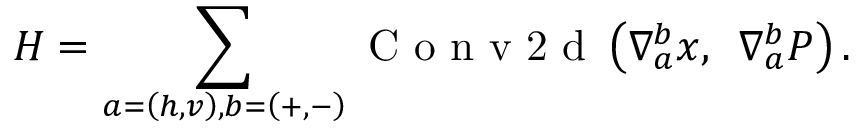
\boldsymbol { H } = \sum _ { a = \left( h , v \right) , b = \left( + , - \right) } \mathrm { ~ C ~ o ~ n ~ v ~ 2 ~ d ~ } \left( \nabla _ { a } ^ { b } \boldsymbol { x } , \enspace \nabla _ { a } ^ { b } \boldsymbol { P } \right) .